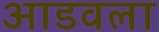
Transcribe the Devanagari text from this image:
आडवला